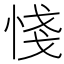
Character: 㥇